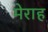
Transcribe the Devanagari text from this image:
मेराह